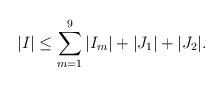
LaTeX: \begin{align*} \vert I\vert\leq \sum_{m=1}^9\vert I_m\vert+\vert J_1\vert+\vert J_2\vert. \end{align*}